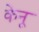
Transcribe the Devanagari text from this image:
केनू